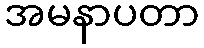
အမနာပတာ